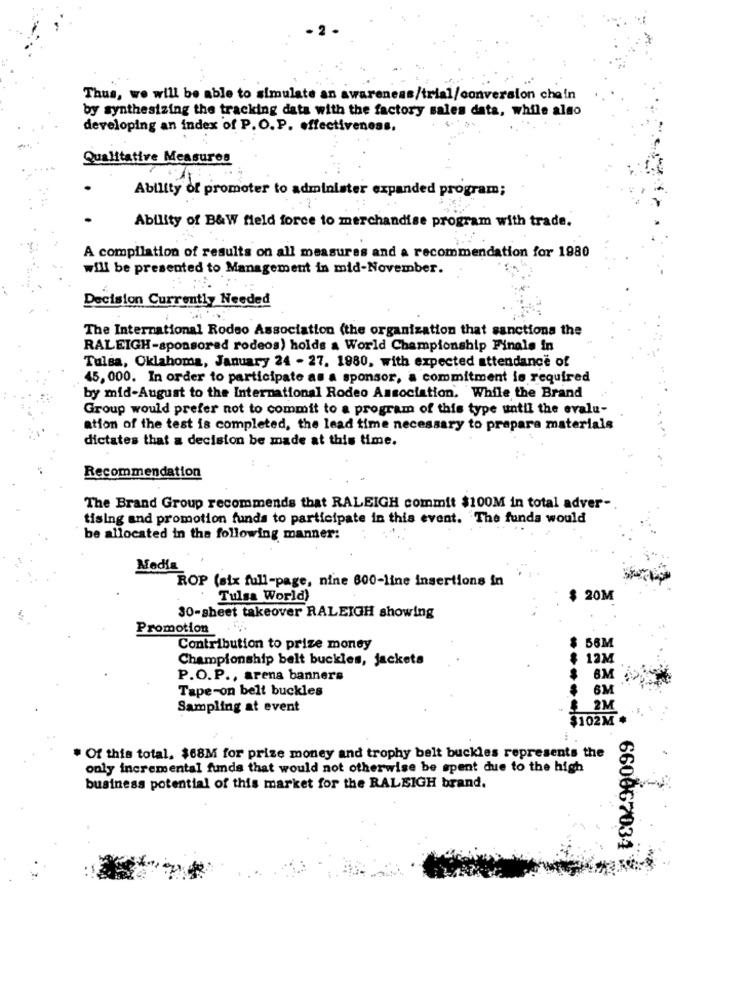
Thus, we will be able to simulate an awareness/trial/conversion chain
by synthesizing the tracking data with the factory sales data, while algo
developing an index of P.O. P. effectiveness.
Qualitative Measures
Ability of promoter to administer expanded program;
Ability of B&W field force to merchandise program with trade.
A compilation of results on all measures and a recommendation for 1980
will be presented to Management in mid-November.
Decision Currently Needed
The International Rodeo Association (the organization that sanctions the
RALEIGH-sponsored rodeos) holds a World Championship Finale in
Tulsa, Oklahoma, January 24 - 27. 1980, with expected attendance of
45, 000. In order to participate as a sponsor, a commitment is required
by mid-August to the International Rodeo Association. While the Brand
Group would prefer not to commit to a program of this type until the evalu-
ation of the test is completed, the lead time necessary to prepare materials
dictates that a decision be made at this time.
Recommendation
The Brand Group recommends that RALEIGH commit $100M in total adver-
tising and promotion funds to participate in this event. The funda would
be allocated in the following manner:
Media
ROP (six full-page, nine 800-line insertions in
Tulsa World)
$ 20M
30-sheet takeover RALEIGH showing
Promotion
56M
Contribution to prize money
Championship belt buckles, jackets
12M
P.O.P ., arena banners
6M
Tape-on belt buckles
6M
Sampling at event
2M
$102M #
. Of this total. $68M for prize money and trophy belt buckles represents the
only incremental funds that would not otherwise be spent due to the high
business potential of this market for the RALEIGH brand.
660067034